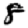
Digit: 8